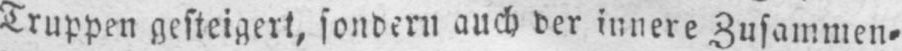
Truppen gesteigert, sondern auch der innere Zusammen⸗